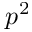
p ^ { 2 }